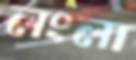
লংলা